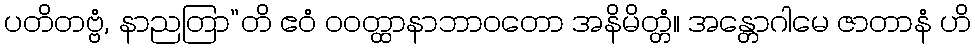
ပတိတဗ္ဗံ, နာညတြာ”တိ ဧဝံ ဝဝတ္ထာနာဘာဝတော အနိမိတ္တံ။ အန္တောဂါမေ ဇာတာနံ ဟိ